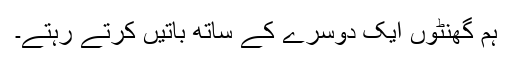
ہم گھنٹوں ایک دوسرے کے ساتھ باتیں کرتے رہتے۔